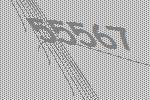
55567